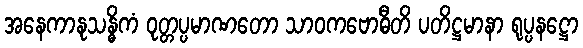
အနေကာနုသန္ဓိကံ ဝုတ္တပ္ပမာဏတော သာဝကဗောဓီတိ ပတိဋ္ဌမာနာ ရုပ္ပနဋ္ဌော